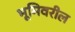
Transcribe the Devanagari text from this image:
भूमिवरील